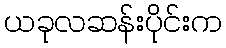
ယခုလဆန်းပိုင်းက